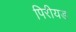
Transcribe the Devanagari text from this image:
पिरीयड